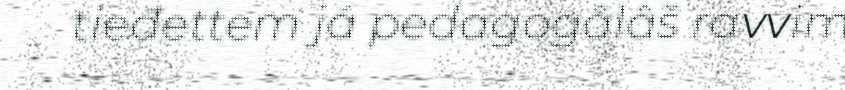
tieđettem já pedagogâlâš ravvim